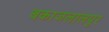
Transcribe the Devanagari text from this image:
बकाजलालपुर